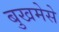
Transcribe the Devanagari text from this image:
बुखमेसे